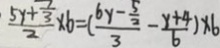
\frac { 5 y + \frac { 7 } { 3 } } { 2 } \times 6 = ( \frac { 6 y - \frac { 5 } { 2 } } { 3 } - \frac { y + 4 } { 6 } ) \times 6